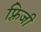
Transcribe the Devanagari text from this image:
फ़्रिजी